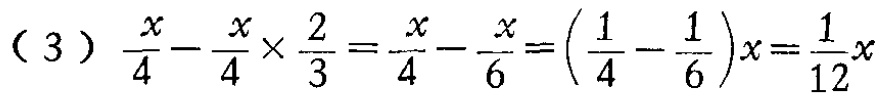
\((3)\ \frac{x}{4}-\frac{x}{4}\times\frac{2}{3}=\frac{x}{4}-\frac{x}{6}=(\frac{1}{4}-\frac{1}{6})x=\frac{1}{12}x\)